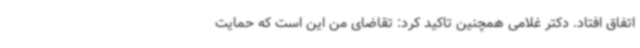
اتفاق افتاد. دکتر غلامی همچنین تاکید کرد: تقاضای من این است که حمایت